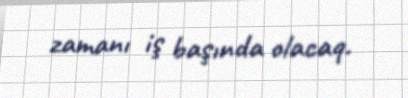
zamanı iş başında olacaq.